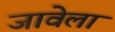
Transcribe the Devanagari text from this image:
जावेला